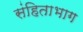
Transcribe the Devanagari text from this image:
संहिताभाग